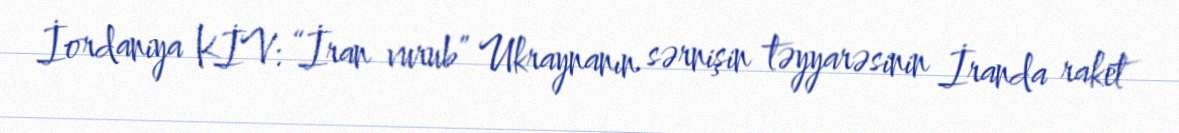
İordaniya KİV: “İran vurub” Ukraynanın sərnişin təyyarəsinin İranda raket